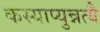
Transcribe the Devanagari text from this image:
कस्याप्युन्नत्यै